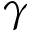
\gamma